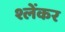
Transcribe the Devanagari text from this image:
श्लेंकर